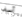
آسف